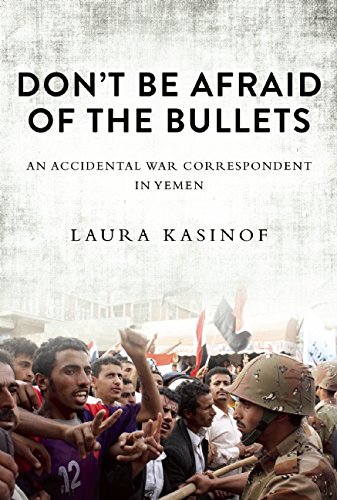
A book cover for Don't Be Afraid of the Bullets: An Accidental War Correspondent in Yemen; Laura Kasinof; History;